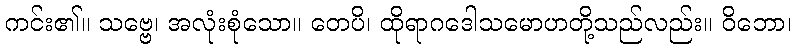
ကင်း၏။ သဗ္ဗေ၊ အလုံးစုံသော။ တေပိ၊ ထိုရာဂဒေါသမောဟတို့သည်လည်း။ ဝိဘော၊